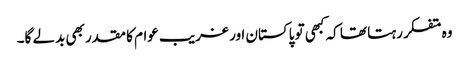
وہ متفکر رہتا تھا کہ کبھی تو پاکستان اور غریب عوام کا مقدر بھی بدلے گا۔